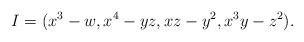
LaTeX: \begin{align*}I=(x^3-w,x^4-yz, xz-y^2,x^3y-z^2).\end{align*}